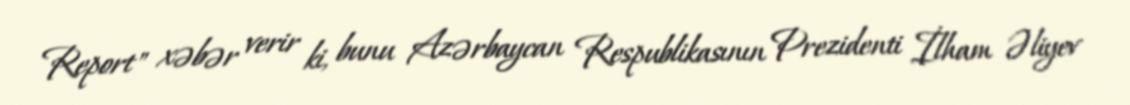
Report" xəbər verir ki, bunu Azərbaycan Respublikasının Prezidenti İlham Əliyev